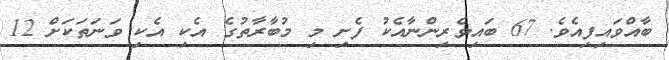
ބާއްވައިފިއެވެ. 67 ބައިވެރިންނާއެކު ފެށި މި މުބާރާތުގެ އެކި އެކި ވަނަތަކަށް 12